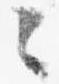
々